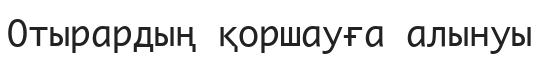
Отырардың қоршауға алынуы